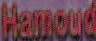
Hamoud